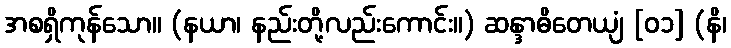
အစရှိကုန်သော။ (နယာ၊ နည်းတို့လည်းကောင်း။) ဆန္ဒာဓိတေယျံ [၀၁] (နိ၊